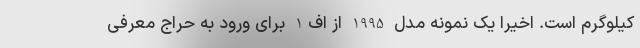
کیلوگرم است. اخیرا یک نمونه مدل 1995 از اف1 برای ورود به حراج معرفی